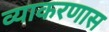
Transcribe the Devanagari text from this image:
व्याकरणास